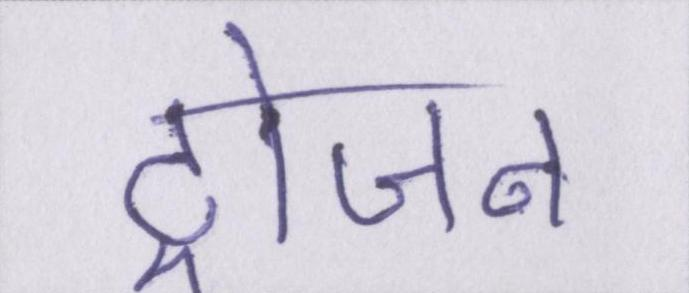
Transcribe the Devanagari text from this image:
ट्रोजन